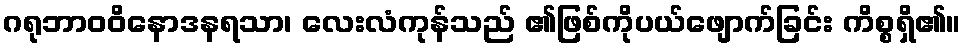
ဂရုဘာဝဝိနောဒနရသာ၊ လေးလံကုန်သည် ၏ဖြစ်ကိုပယ်ဖျောက်ခြင်း ကိစ္စရှိ၏။